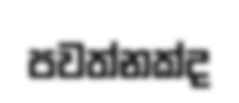
පවත්නක්ද